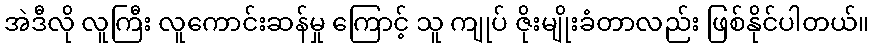
အဲဒီလို လူကြီး လူကောင်းဆန်မှု ကြောင့် သူ ကျုပ် ဇိုးမျိုးခံတာလည်း ဖြစ်နိုင်ပါတယ်။